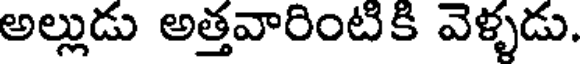
అల్లుడు అత్తవారింటికి వెళ్ళడు.